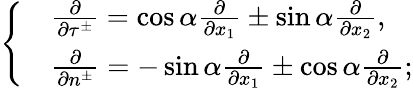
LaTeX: \left\{ \begin{array}{rl}&{\frac{\partial}{\partial\tau^{\pm}}=\cos\alpha\frac{\partial}{\partial x_{1}}\pm\sin\alpha\frac{\partial}{\partial x_{2}},}\\ &{\frac{\partial}{\partial n^{\pm}}=-\sin\alpha\frac{\partial}{\partial x_{1}}\pm\cos\alpha\frac{\partial}{\partial x_{2}};}\end{array}\right.